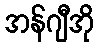
အန်ဂျီအို